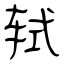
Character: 轼